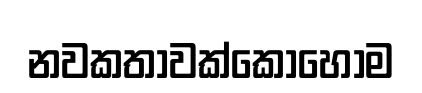
නවකතාවක්කොහොම